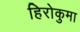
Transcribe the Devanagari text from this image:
हिरोकुमा